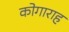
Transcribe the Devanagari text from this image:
कोगाराह